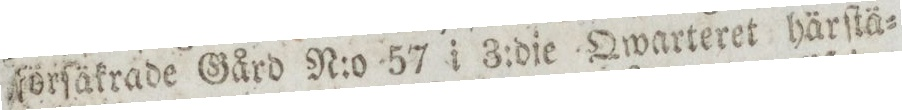
förſäkrade Gård N:o 57 i 3:die Qwarteret härſtä=